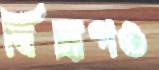
বিদ্রূপও